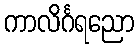
ကာလိင်္ဂရညော